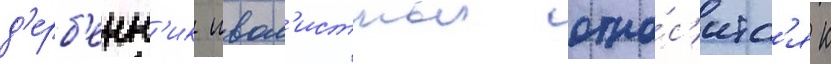
д'ерб'енн'ик ивол'истныи отно́с'итс'я к